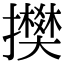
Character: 𢸅